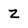
Character: Z